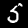
Label: 5